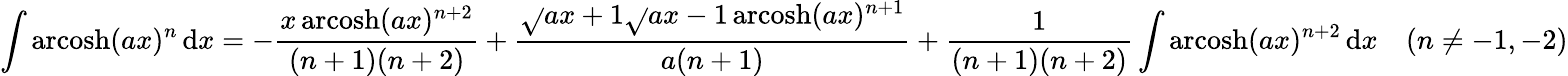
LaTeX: \int\operatorname{arcosh}(ax)^{n}\, \mathrm{d}x=-{\frac{{x\operatorname{arcosh}(ax)^{n+2}}}{{(n+1)(n+2)}}}+{\frac{{{\sqrt{}{{ax+1}}}{\sqrt{}{{ax-1}}}\operatorname{arcosh}(ax)^{n+1}}}{{a(n+1)}}}+{\frac{{1}}{{(n+1)(n+2)}}}\int\operatorname{arcosh}(ax)^{n+2}\, \mathrm{d}x\quad(n\neq-1,-2)